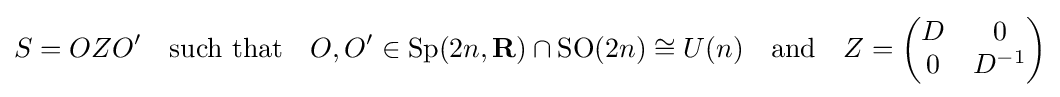
S=OZO'\quad {\text{such that}}\quad O,O'\in \operatorname {Sp} (2n,\mathbf {R} )\cap \operatorname {SO} (2n)\cong U(n)\quad {\text{and}}\quad Z={\begin{pmatrix}D&0\\0&D^{-1}\end{pmatrix}}